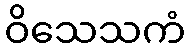
ဝိသေသကံ